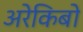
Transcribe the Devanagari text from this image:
अरेकिबो